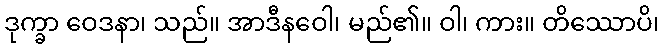
ဒုက္ခာ ဝေဒနာ၊ သည်။ အာဒီနဝေါ၊ မည်၏။ ဝါ၊ ကား။ တိဿောပိ၊